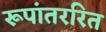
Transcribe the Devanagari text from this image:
रूपांतररित